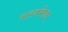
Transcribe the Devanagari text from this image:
शस्त्रभेदन